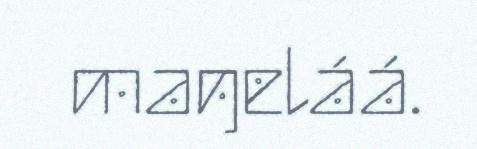
maŋeláá.